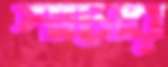
শাসের